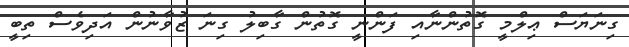
ގިނަޔަސް ޢިލްމީ ގޮތުންނާއި ފަންނީ ގޮތުން ގާބިލު ގިނަ ޒުވާނުން އަދިވެސް ތިބީ